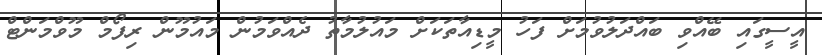
އީސީގައި ބޭއްވި ބައްދަލުވުމަށް ފަހު މީޑިއާތަކަށް މައުލުމާތު ދެއްވަމުން މައުމޫން ރިފޯމް މޫވްމަންޓް